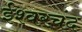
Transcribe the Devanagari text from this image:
ईश्वरचंद